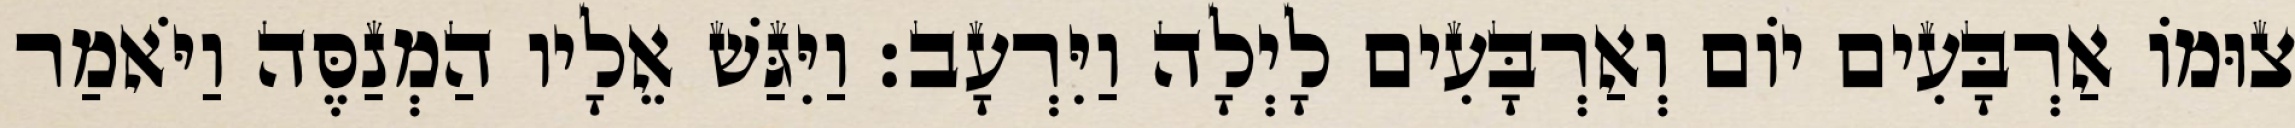
צוּמוֹ אַרְבָּעִים יוֹם וְאַרְבָּעִים לָיְלָה וַיִּרְעָב׃ וַיִּגַּשׁ אֵלָיו הַמְנַסֶּה וַיֹּאמַר